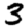
Digit: 3